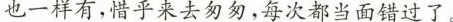
也一样有，惜乎来去匆匆,每次都当面错过了。